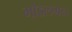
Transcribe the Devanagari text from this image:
गोडलमन